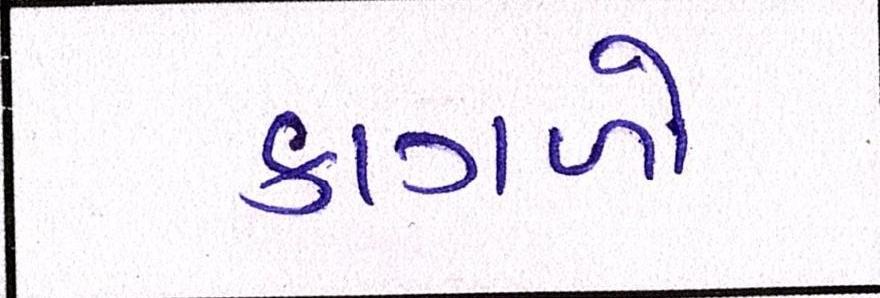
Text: કાગળો